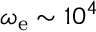
\omega _ { \mathrm { e } } \sim 1 0 ^ { 4 }